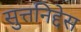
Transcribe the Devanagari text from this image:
सुत्तनिद्देस